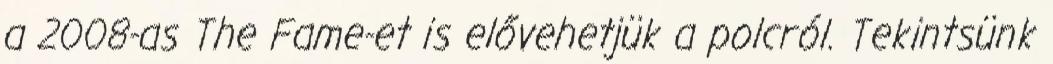
a 2008-as The Fame-et is elővehetjük a polcról. Tekintsünk